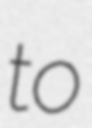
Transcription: to